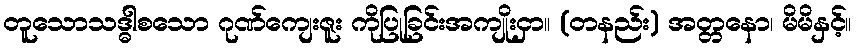
တူသောသဒ္ဓါစသော ဂုဏ်ကျေးဇူး ကိုပြုခြင်းအကျိုးငှာ။ (တနည်း) အတ္တနော၊ မိမိနှင့်။